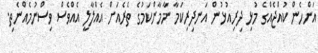
އަންހެން ކުއްޖެއްގެ މުޅި ދިިރިއުޅުން އަނދިރިކަމާ ނާމާންކަމުގެ ތެރެއަށް އެއްލާލީ އެއްވެސް ވިސްނުމެއްނެތި.